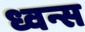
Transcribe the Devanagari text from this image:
ध्वन्स